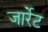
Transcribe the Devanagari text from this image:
जार्रेट